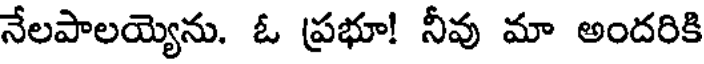
నేలపాలయ్యెను. ఓ ప్రభూ! నీవు మా అందరికి